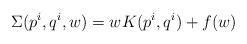
LaTeX: \begin{align*}\Sigma (p^{i},q^{i},w) = wK(p^{i},q^{i}) + f(w)\end{align*}